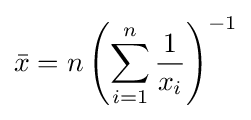
{\bar {x}}=n\left(\sum _{i=1}^{n}{\frac {1}{x_{i}}}\right)^{-1}